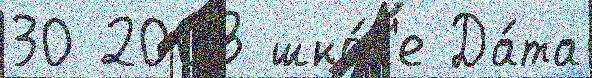
30 2008 шко́л'е Да́та